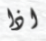
اذا